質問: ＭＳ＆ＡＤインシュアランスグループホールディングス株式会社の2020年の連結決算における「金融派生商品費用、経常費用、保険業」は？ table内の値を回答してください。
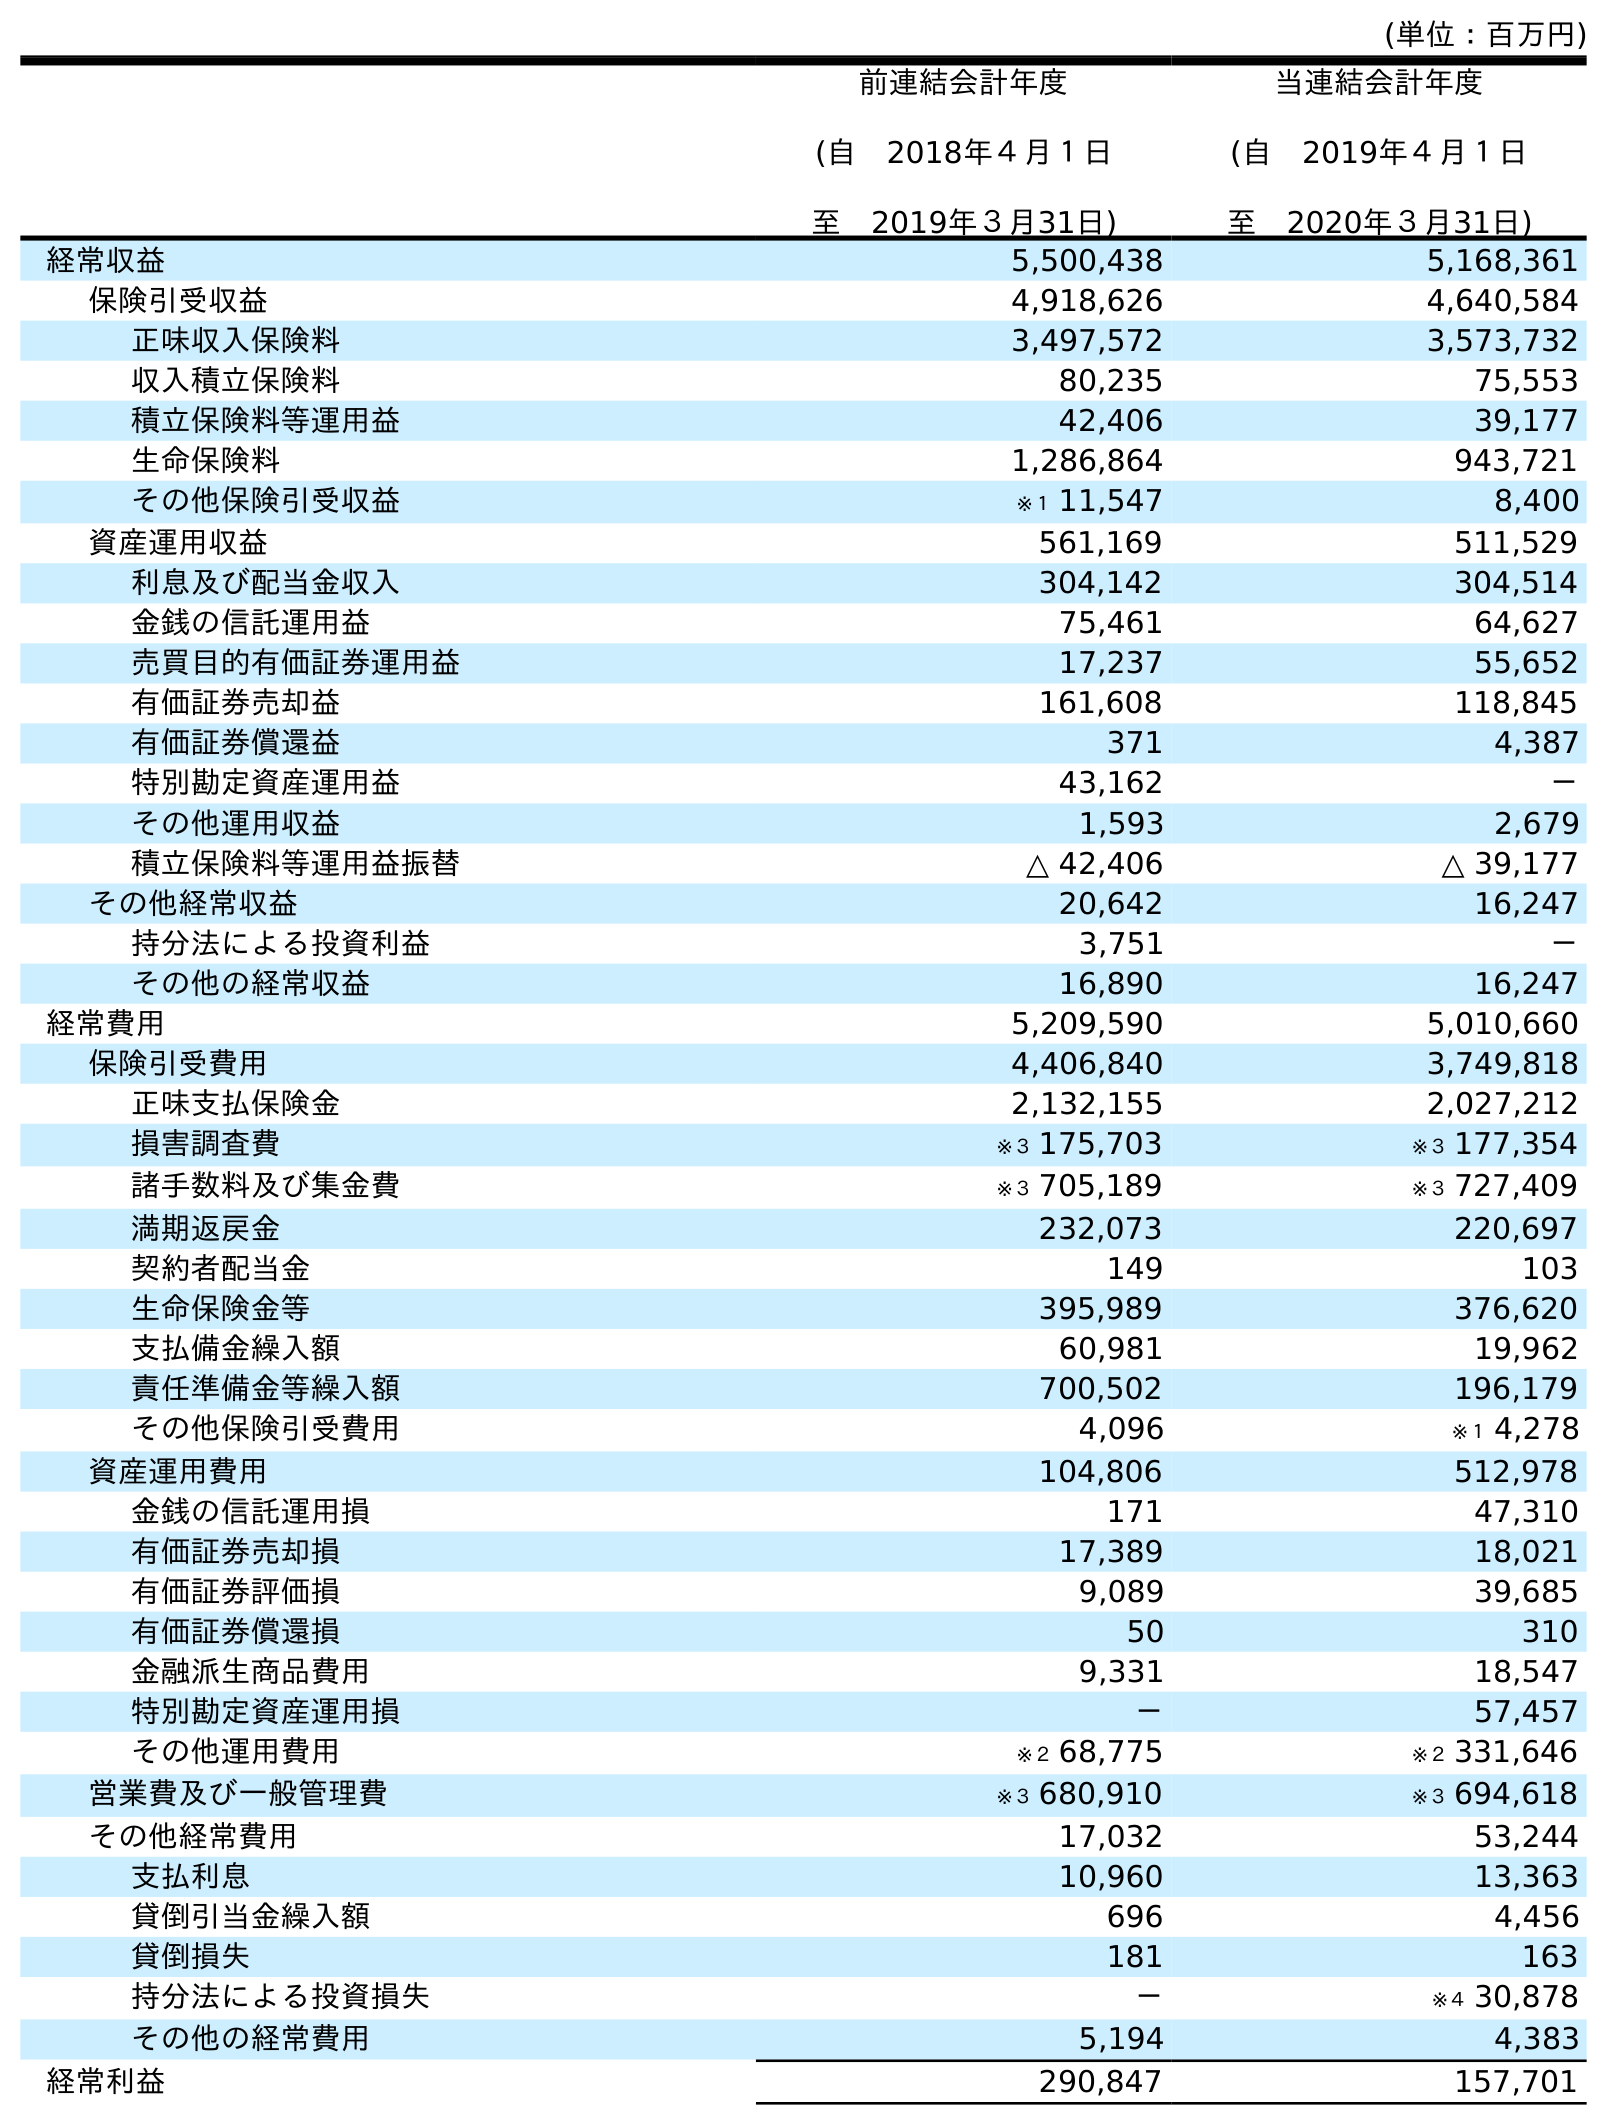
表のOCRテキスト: (単位：百万円) 前連結会計年度 (自 2018年４月１日 至 2019年３月31日) 当連結会計年度 (自 2019年４月１日 至 2020年３月31日) 経常収益 5,500,438 5,168,361 保険引受収益 4,918,626 4,640,584 正味収入保険料 3,497,572 3,573,732 収入積立保険料 80,235 75,553 積立保険料等運用益 42,406 39,177 生命保険料 1,286,864 943,721 その他保険引受収益 ※１ 11,547 8,400 資産運用収益 561,169 511,529 利息及び配当金収入 304,142 304,514 金銭の信託運用益 75,461 64,627 売買目的有価証券運用益 17,237 55,652 有価証券売却益 161,608 118,845 有価証券償還益 371 4,387 特別勘定資産運用益 43,162 － その他運用収益 1,593 2,679 積立保険料等運用益振替 △ 42,406 △ 39,177 その他経常収益 20,642 16,247 持分法による投資利益 3,751 － その他の経常収益 16,890 16,247 経常費用 5,209,590 5,010,660 保険引受費用 4,406,840 3,749,818 正味支払保険金 2,132,155 2,027,212 損害調査費 ※３ 175,703 ※３ 177,354 諸手数料及び集金費 ※３ 705,189 ※３ 727,409 満期返戻金 232,073 220,697 契約者配当金 149 103 生命保険金等 395,989 376,620 支払備金繰入額 60,981 19,962 責任準備金等繰入額 700,502 196,179 その他保険引受費用 4,096 ※１ 4,278 資産運用費用 104,806 512,978 金銭の信託運用損 171 47,310 有価証券売却損 17,389 18,021 有価証券評価損 9,089 39,685 有価証券償還損 50 310 金融派生商品費用 9,331 18,547 特別勘定資産運用損 － 57,457 その他運用費用 ※２ 68,775 ※２ 331,646 営業費及び一般管理費 ※３ 680,910 ※３ 694,618 その他経常費用 17,032 53,244 支払利息 10,960 13,363 貸倒引当金繰入額 696 4,456 貸倒損失 181 163 持分法による投資損失 － ※４ 30,878 その他の経常費用 5,194 4,383 経常利益 290,847 157,701
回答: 18,547